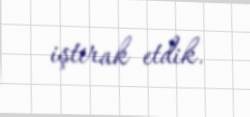
iştirak etdik.